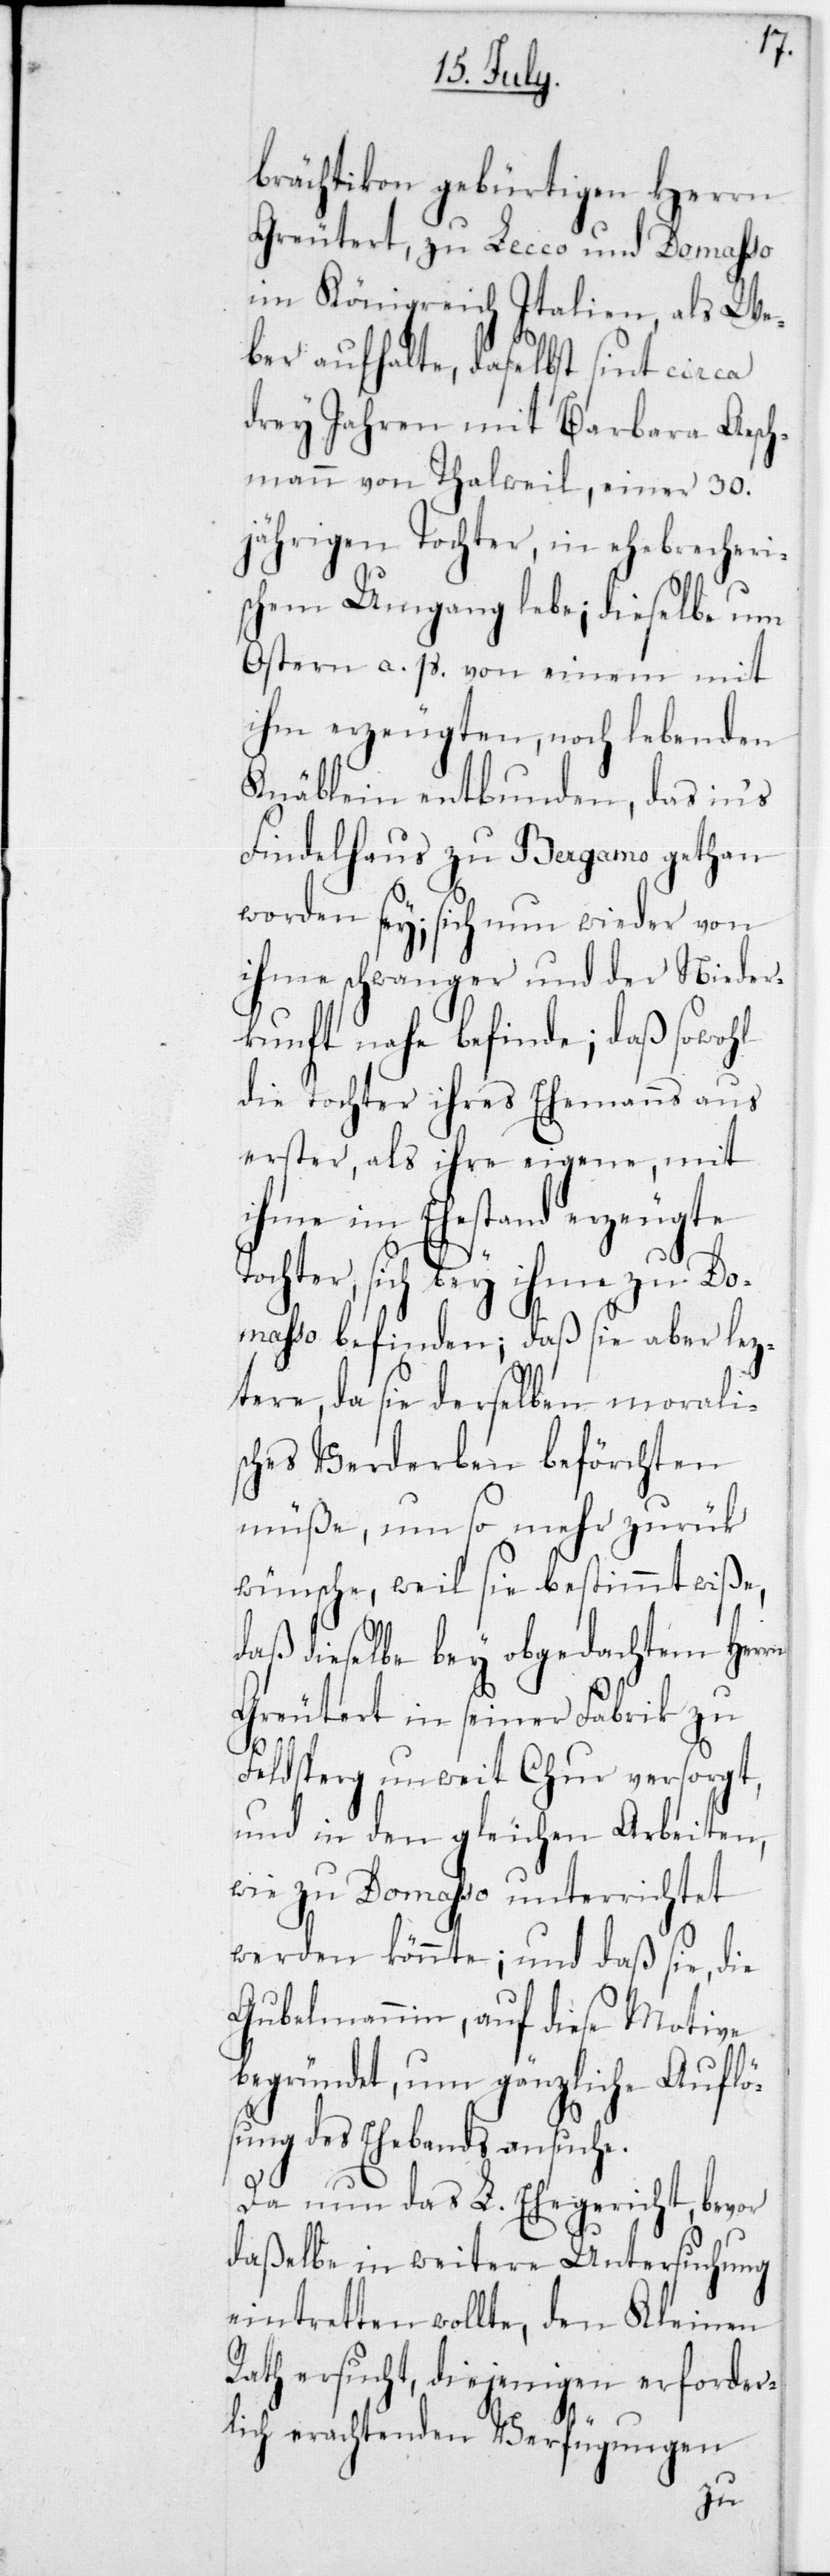
gungen zu
brächtikon gebürtigen
Greutert, zu Lecco und Domasso
im Königreich Italien, als We¬
ber aufhalte, daselbst sint circa
drey Jahren mit Barbara Aesc¬
hmann von Thalweil, einer 30
jährigen Tochter, in ehebrecheri¬
schem Umgang lebe; dieselbe um
Ostern a. p. von einem mit
ihm erzeugten, noch lebenden
Knäblein entbunden, das in‘s
Findelhaus zu Bergamo gethan
worden sey; sich nun wieder von
ihme schwanger und der Niede¬
rkunft nahe befinde; daß sowohl
die Tochter ihres Ehemanns aus
erster, als ihre eigene, mit
ihme im Ehestand erzeugte
Tochter, sich bey ihme zu Do¬
masso befinden; daß sie aber
t,
ztere, da sie derselben morali¬
sches Verderben beförchten
müße, um so mehr zurük
wünsche, weil sie bestimmt wiße,
daß dieselbe bey obgedachtem Herrn
Greutert in seiner Fabrik zu
Felsberg unweit Chur versorg¬
und in den gleichen Arbeiten,
wie zu Domasso unterrichtet
werden könnte; und daß sie, die
Gubelmannin, auf diese Motive
begründet, um gänzliche Auflö¬
sung des Ehebands ansuche.
Da nun das L. Ehegericht, bevor
daßelbe in weitere Untersuchung
eintretten wollte, den Kleinen
Rath ersucht, diejenigen erforder¬
lich erachtenden Verfü¬